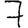
Digit: 7